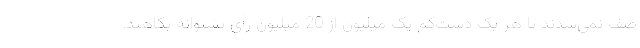
صف نمی‌شدند تا هر یک دست‌کم یک میلیون از 20 میلیون رأی پشتوانه بکاهند.